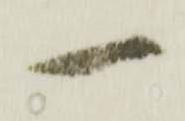
一